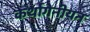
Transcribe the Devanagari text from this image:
कर्थागेनीयन